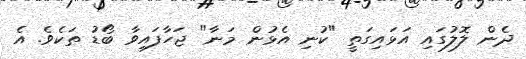
ދެން ލޮލުގައި އަޅައިގަތީ "ކުނި އެޅުން މަނާ" ޖަހާފައިވާ ބޯޑު ތަކެވެ. އެ